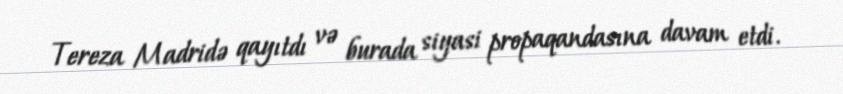
Tereza Madridə qayıtdı və burada siyasi propaqandasına davam etdi.